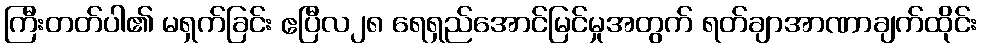
ကြီးတတ်ပါ၏ မရှက်ခြင်း ဧပြီလ၂၈ ရေရှည်အောင်မြင်မှုအတွက် ရတ်ချာအာဏာချက်ထိုင်း